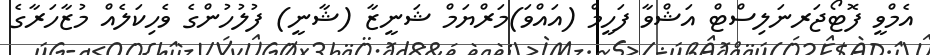
އެމްވީ ފޮޓޯޖަރނަލިސްޓް އަޝްވާ ފަހީމް (އައްވަ)މަރްޔަމް ޝަނީޒާ (ޝާނީ) ފުލުހުންގެ ވެހިކަލެއް މުޒާހަރާގެ